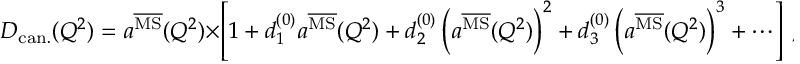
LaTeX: D _ { \mathrm { c a n . } } ( Q ^ { 2 } ) = a ^ { \overline { { \mathrm { M S } } } } ( Q ^ { 2 } ) \times \left[ 1 + d _ { 1 } ^ { ( 0 ) } a ^ { \overline { { \mathrm { M S } } } } ( Q ^ { 2 } ) + d _ { 2 } ^ { ( 0 ) } \left( a ^ { \overline { { \mathrm { M S } } } } ( Q ^ { 2 } ) \right) ^ { 2 } + d _ { 3 } ^ { ( 0 ) } \left( a ^ { \overline { { \mathrm { M S } } } } ( Q ^ { 2 } ) \right) ^ { 3 } + \cdots \right] \ ,